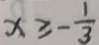
x \geq - \frac { 1 } { 3 }